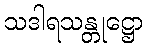
သဒါရသန္တုဋ္ဌော